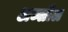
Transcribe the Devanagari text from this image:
अब्सील